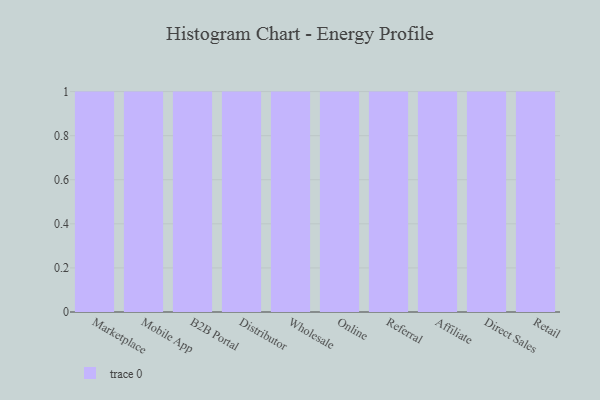
{"axis": {"x": "Channel", "y": "Inventory Turnover"}, "legend": [""], "data": [{"x": "Marketplace", "y": 8, "type": ""}, {"x": "Mobile App", "y": 79, "type": ""}, {"x": "B2B Portal", "y": 75, "type": ""}, {"x": "Distributor", "y": 64, "type": ""}, {"x": "Wholesale", "y": 20, "type": ""}, {"x": "Online", "y": 10, "type": ""}, {"x": "Referral", "y": 89, "type": ""}, {"x": "Affiliate", "y": 22, "type": ""}, {"x": "Direct Sales", "y": 55, "type": ""}, {"x": "Retail", "y": 91, "type": ""}]}